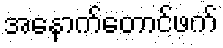
အနောက်တောင်ဖက်